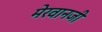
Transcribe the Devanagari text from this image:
मेरवानजी